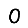
Digit: 0